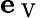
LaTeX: \mathbf{e}_{\mathrm{~V~}}